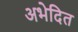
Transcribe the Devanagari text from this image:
अभेदित